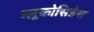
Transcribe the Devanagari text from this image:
ग्लूकोसिडेस